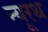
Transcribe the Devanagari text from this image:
न्यूरथ